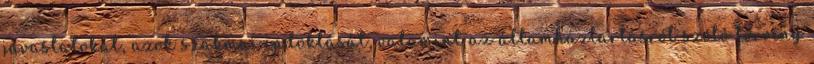
javaslatokat, azok szakmai indoklását, valamint az államháztartásról szóló törvény